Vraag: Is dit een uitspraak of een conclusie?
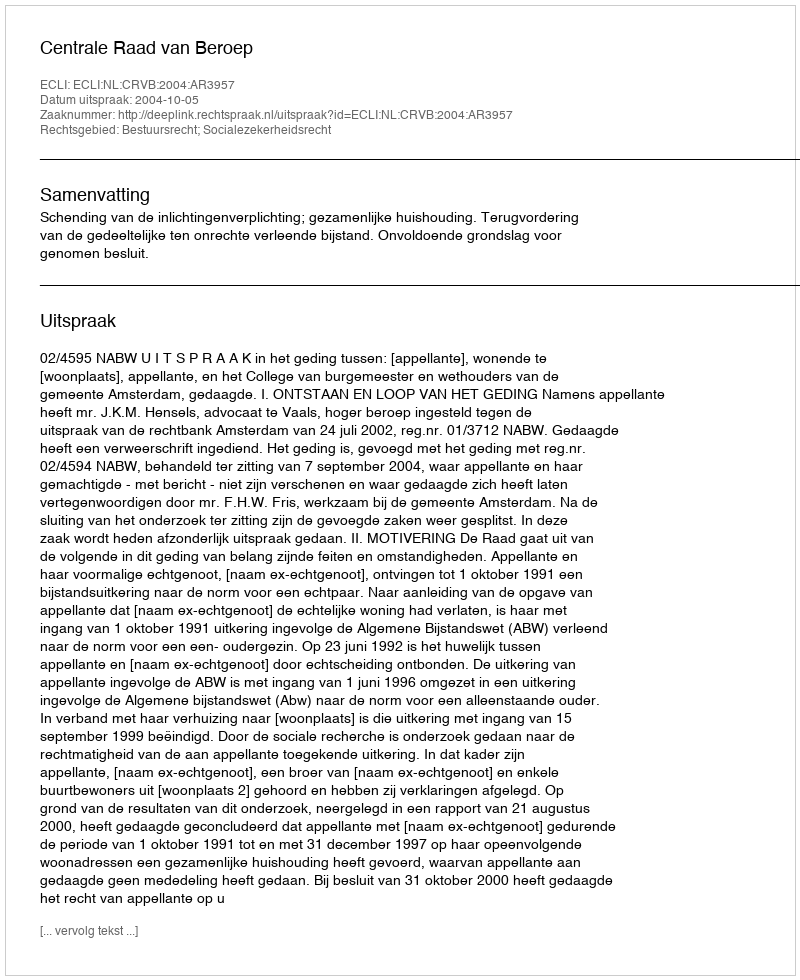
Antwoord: Uitspraak